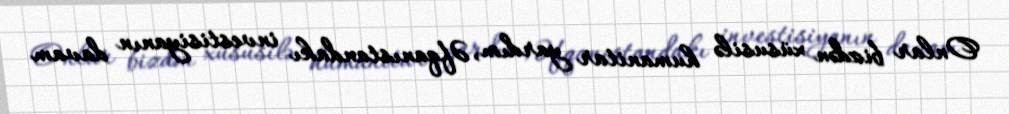
Onlar bizdən xüsusilə humanitar yardım, Əfqanıstandakı investisiyanın davam